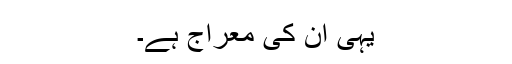
یہی ان کی معراج ہے۔